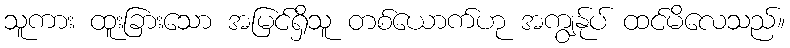
သူကား ထူးခြားသော အမြင်ရှိသူ တစ်ယောက်ဟု အကျွန်ုပ် ထင်မိလေသည်။